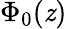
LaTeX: \Phi_{0}(\mathit{z})